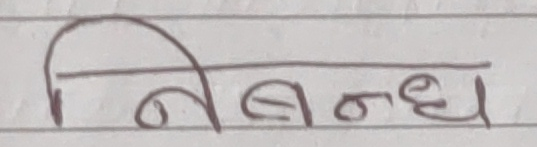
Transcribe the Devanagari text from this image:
निबन्ध